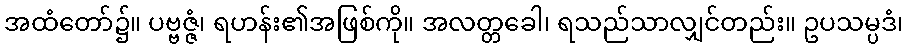
အထံတော်၌။ ပဗ္ဗဇ္ဇံ၊ ရဟန်း၏အဖြစ်ကို။ အလတ္တခေါ၊ ရသည်သာလျှင်တည်း။ ဥပသမ္ပဒံ၊